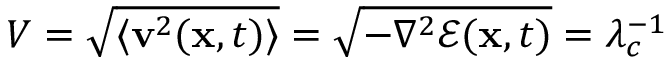
V = \sqrt { \langle \mathbf { v } ^ { 2 } ( \mathbf { x } , t ) \rangle } = \sqrt { - \nabla ^ { 2 } \mathcal { E } ( \mathbf { x } , t ) } = \lambda _ { c } ^ { - 1 }